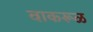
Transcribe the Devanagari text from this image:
वाकरूळ